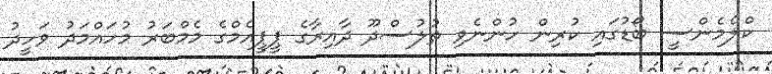
ކްލެމެންސީ ބޯޑުގައި ކުރިން ހުންނެވި ތުލުސްދޫ ދާއިރާގެ ޕީޕީއެމްގެ މެމްބަރު މުހައްމަދު ވަހީދު